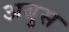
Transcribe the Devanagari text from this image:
अबुस